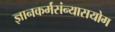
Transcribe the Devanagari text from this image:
ज्ञानकर्मसंन्यासयोग